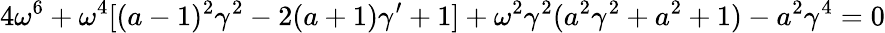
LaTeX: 4\omega^{6}+\omega^{4}[(a-1)^{2}\gamma^{2}-2(a+1)\gamma^{\prime}+1]+\omega^{2}\gamma^{2}(a^{2}\gamma^{2}+a^{2}+1)-a^{2}\gamma^{4}=0